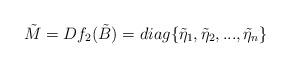
LaTeX: \begin{align*}\tilde{M}=Df_2(\tilde{B})=diag\{\tilde{\eta}_1,\tilde{\eta}_2,...,\tilde{\eta}_n\}\end{align*}